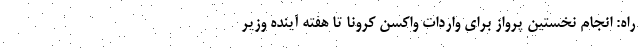
راه: انجام نخستین پرواز برای واردات واکسن کرونا تا هفته آینده وزیر